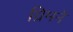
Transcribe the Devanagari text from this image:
ग्रिमने